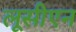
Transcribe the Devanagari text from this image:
लूसीएन